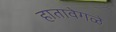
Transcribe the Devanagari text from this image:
हातावेगळे